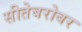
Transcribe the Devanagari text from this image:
सीतेबरोबर